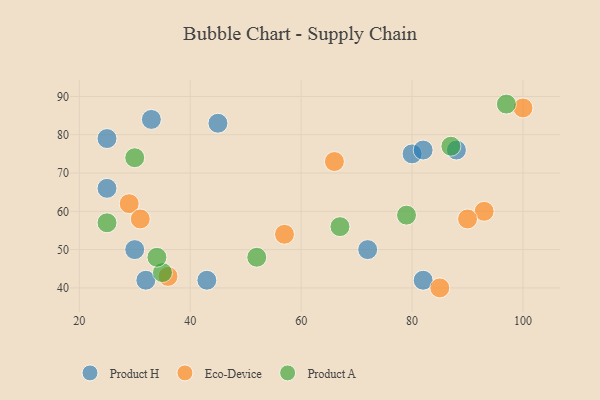
{"axis": {"x": "GDP", "y": "Life Expectancy"}, "legend": ["Eco-Device", "Product A", "Product H"], "data": [{"x": "45", "y": 83, "type": "Product H"}, {"x": "32", "y": 42, "type": "Product H"}, {"x": "33", "y": 84, "type": "Product H"}, {"x": "43", "y": 42, "type": "Product H"}, {"x": "80", "y": 75, "type": "Product H"}, {"x": "82", "y": 76, "type": "Product H"}, {"x": "30", "y": 50, "type": "Product H"}, {"x": "25", "y": 79, "type": "Product H"}, {"x": "72", "y": 50, "type": "Product H"}, {"x": "88", "y": 76, "type": "Product H"}, {"x": "25", "y": 66, "type": "Product H"}, {"x": "82", "y": 42, "type": "Product H"}, {"x": "29", "y": 62, "type": "Eco-Device"}, {"x": "36", "y": 43, "type": "Eco-Device"}, {"x": "93", "y": 60, "type": "Eco-Device"}, {"x": "57", "y": 54, "type": "Eco-Device"}, {"x": "85", "y": 40, "type": "Eco-Device"}, {"x": "100", "y": 87, "type": "Eco-Device"}, {"x": "66", "y": 73, "type": "Eco-Device"}, {"x": "31", "y": 58, "type": "Eco-Device"}, {"x": "90", "y": 58, "type": "Eco-Device"}, {"x": "97", "y": 88, "type": "Product A"}, {"x": "79", "y": 59, "type": "Product A"}, {"x": "30", "y": 74, "type": "Product A"}, {"x": "87", "y": 77, "type": "Product A"}, {"x": "52", "y": 48, "type": "Product A"}, {"x": "35", "y": 44, "type": "Product A"}, {"x": "67", "y": 56, "type": "Product A"}, {"x": "34", "y": 48, "type": "Product A"}, {"x": "25", "y": 57, "type": "Product A"}]}